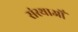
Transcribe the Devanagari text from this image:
संस्थाओँ